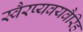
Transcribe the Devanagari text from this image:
स्वैरप्यवयवैरिह